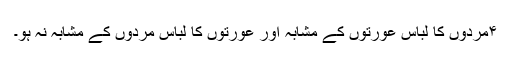
۴مردوں کا لباس عورتوں کے مشابہ اور عورتوں کا لباس مردوں کے مشابہ نہ ہو۔